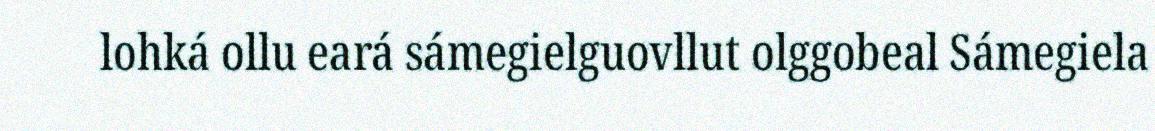
lohká ollu eará sámegielguovllut olggobeal Sámegiela